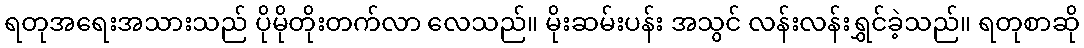
ရတုအရေးအသားသည် ပိုမိုတိုးတက်လာ လေသည်။ မိုးဆမ်းပန်း အသွင် လန်းလန်းရွှင်ခဲ့သည်။ ရတုစာဆို